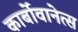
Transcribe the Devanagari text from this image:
कार्बोवानेत्स